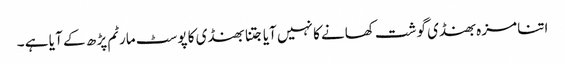
اتنا مزہ بھنڈی گوشت کھانے کا نہیں آیا جتنا بھنڈی کا پوسٹ مارٹم پڑ ھ کے آ یا ہے ۔